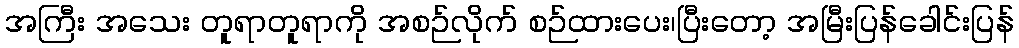
အကြီး အသေး တူရာတူရာကို အစဉ်လိုက် စဉ်ထားပေး၊ပြီးတော့ အမြီးပြန်ခေါင်းပြန်